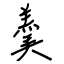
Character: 羹